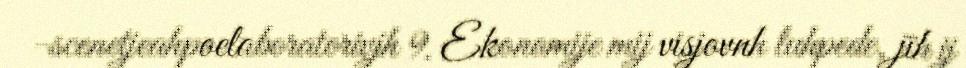
-scenetjeahpoelaboratorivjh 9. Ekonomije mij visjovnh luhpede, jïh ij